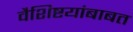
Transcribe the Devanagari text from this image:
वैशिष्टयांबाबत